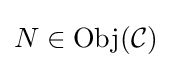
N\in \mathrm {Obj} ({\mathcal {C}})